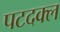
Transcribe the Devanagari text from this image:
पटदक्ल